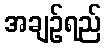
အချဉ်ရည်